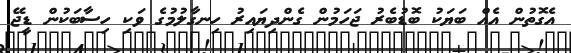
އެގޮތުން އެއް ބަޔަކު ބޮޑުބެރު ޖަހަމުން ގެންދިޔައިރު ހިނގާލުމުގެ ވަކި ހިސާބަކުން ޑީޖޭ